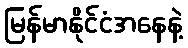
မြန်မာနိုင်ငံအနေနဲ့